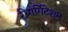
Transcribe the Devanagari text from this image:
रीगर्गिटेशन